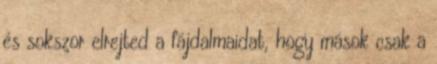
és sokszor elrejted a fájdalmaidat, hogy mások csak a